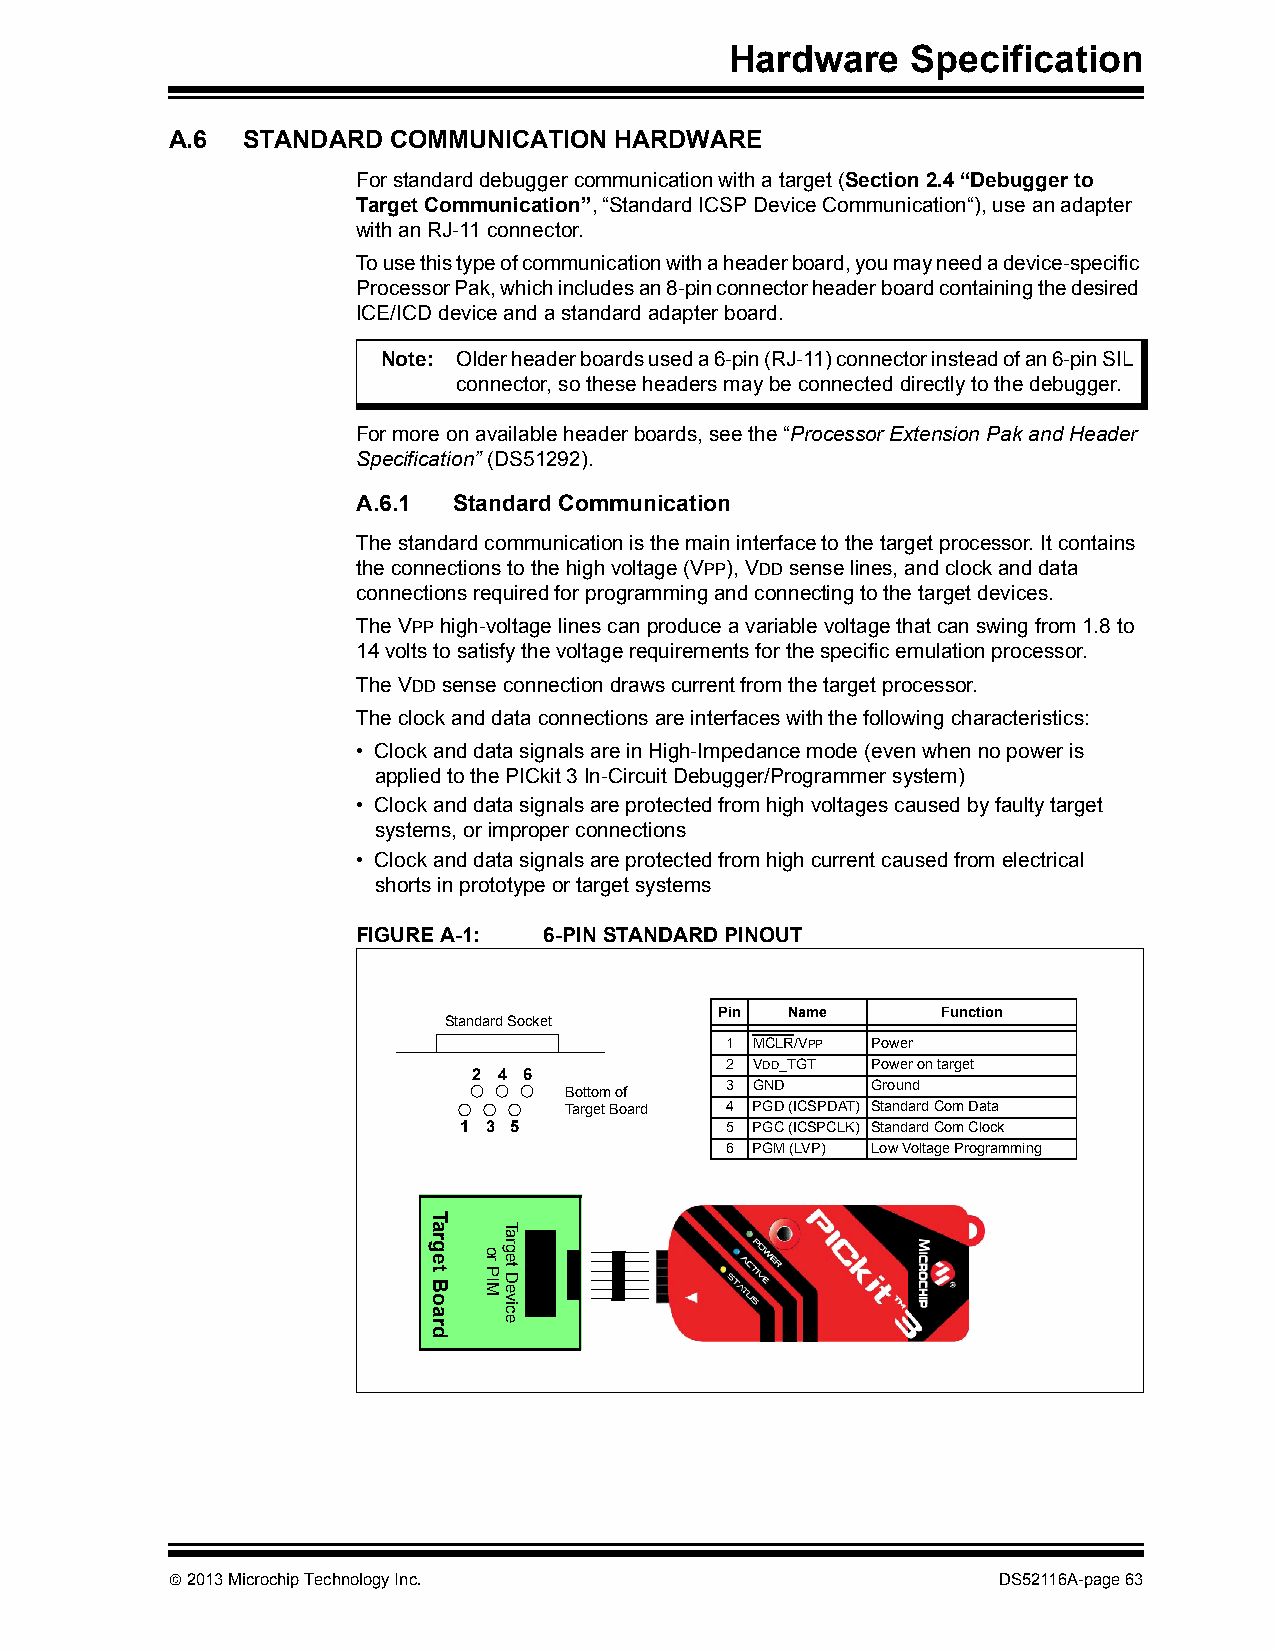
Hardware    Specification
 A.6  STANDARD  COMMUNICATION  HARDWARE
 For standard debugger communication with a target (Section2.4“Debugger to
 Target Communication”, “Standard ICSP Device Communication“), use an adapter
 with an RJ-11 connector.
 To use this type of communication with a header board, you may need a device-specific
 Processor Pak, which includes an 8-pin connector header board containing the desired
 ICE/ICD device and a standard adapter board.
 Note: Older header boards used a 6-pin (RJ-11) connector instead of an 6-pin SIL
 connector, so these headers may be connected directly to the debugger.
 For more on available header boards, see the “Processor Extension Pak and Header
 Specification” (DS51292).
 A.6.1 Standard Communication
 The standard communication is the main interface to the target processor. It contains
 the connections to the high voltage (VPP), VDD sense lines, and clock and data
 connections required for programming and connecting to the target devices.
 The VPP high-voltage lines can produce a variable voltage that can swing from 1.8 to
 14 volts to satisfy the voltage requirements for the specific emulation processor.
 The VDD sense connection draws current from the target processor.
 The clock and data connections are interfaces with the following characteristics:
 • Clock and data signals are in High-Impedance mode (even when no power is
 applied to the PICkit 3 In-Circuit Debugger/Programmer system)
 • Clock and data signals are protected from high voltages caused by faulty target
 systems, or improper connections
 • Clock and data signals are protected from high current caused from electrical
 shorts in prototype or target systems
 FIGURE A-1: 6-PIN STANDARD PINOUT
 Pin Name      Function
 Standard Socket
 1 MCLR/VPP Power
 2 VDD_TGT Power on target
 2 4 6
 3 GND     Ground
 Bottom of
 Target Board 4 PGD (ICSPDAT) Standard Com Data
 1 3 5             5 PGC (ICSPCLK) Standard Com Clock
 6 PGM (LVP) Low Voltage Programming
  2013 Microchip Technology Inc.                       DS52116A-page 63
 Target
 Board
 or
 PIM
 Target
 Device